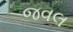
જવલ